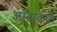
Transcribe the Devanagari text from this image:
अस्तरकारी